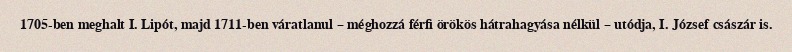
1705-ben meghalt I. Lipót, majd 1711-ben váratlanul – méghozzá férfi örökös hátrahagyása nélkül – utódja, I. József császár is.